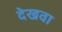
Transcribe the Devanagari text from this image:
देखवा